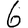
Digit: 6